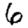
Digit: 6